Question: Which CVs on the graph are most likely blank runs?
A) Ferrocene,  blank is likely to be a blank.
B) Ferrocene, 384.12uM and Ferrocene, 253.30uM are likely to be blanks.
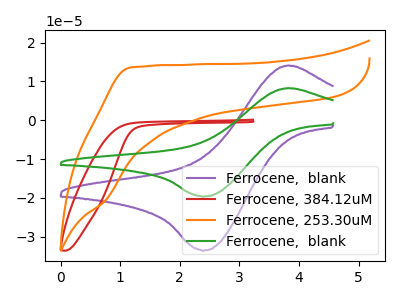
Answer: <think>The purple curve "Ferrocene,  blank" has an anodic peak at (3.85V, 14.10uA) and a cathodic peak at (2.40V, -33.50uA). The red curve "Ferrocene, 384.12uM" has no peaks. The orange curve "Ferrocene, 253.30uM" has no peaks. The green curve "Ferrocene,  blank" has an anodic peak at (3.85V, 8.25uA) and a cathodic peak at (2.40V, -19.60uA).</think>
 <answer>B) "Ferrocene, 384.12uM" and "Ferrocene, 253.30uM" are likely to be blanks.</answer>
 <eval>B</eval>